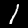
Digit: 1